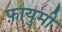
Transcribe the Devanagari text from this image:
फ़ायुमी